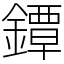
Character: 鐔